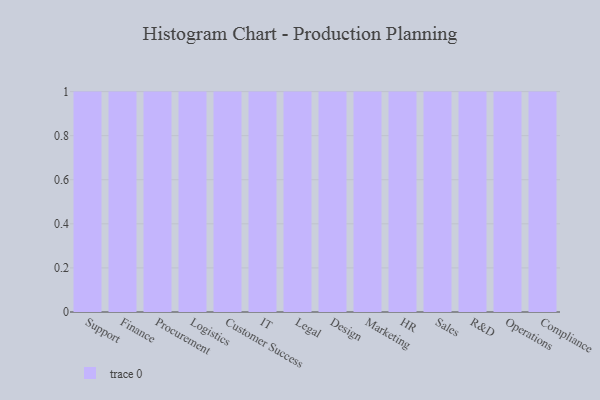
{"axis": {"x": "Department", "y": "Waste Production (Tons)"}, "legend": [""], "data": [{"x": "Support", "y": 98, "type": ""}, {"x": "Finance", "y": 37, "type": ""}, {"x": "Procurement", "y": 63, "type": ""}, {"x": "Logistics", "y": 79, "type": ""}, {"x": "Customer Success", "y": 46, "type": ""}, {"x": "IT", "y": 65, "type": ""}, {"x": "Legal", "y": 33, "type": ""}, {"x": "Design", "y": 72, "type": ""}, {"x": "Marketing", "y": 16, "type": ""}, {"x": "HR", "y": 40, "type": ""}, {"x": "Sales", "y": 96, "type": ""}, {"x": "R&D", "y": 28, "type": ""}, {"x": "Operations", "y": 58, "type": ""}, {"x": "Compliance", "y": 52, "type": ""}]}